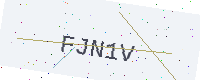
Text: FJN1V